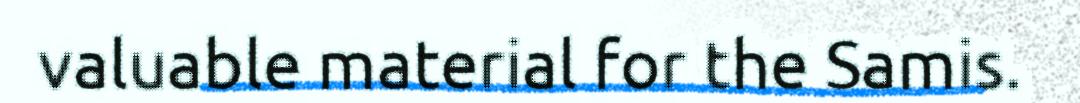
valuable material for the Samis.